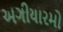
અગીયારમો